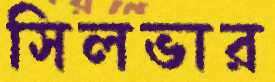
সিলভার